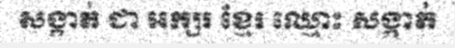
សង្កាត់ ជា អក្សរ ខ្មែរ ឈ្មោះ សង្កាត់